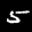
Label: 5